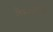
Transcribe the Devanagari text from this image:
मेम्सटेक